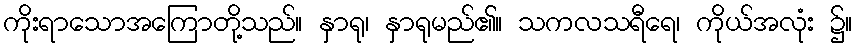
ကိုးရာသောအကြောတို့သည်။ နှာရု၊ နှာရုမည်၏။ သကလသရီရေ၊ ကိုယ်အလုံး ၌။